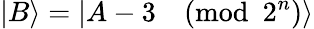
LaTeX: |B\rangle=|A-3{\pmod{2^{n}}}\rangle